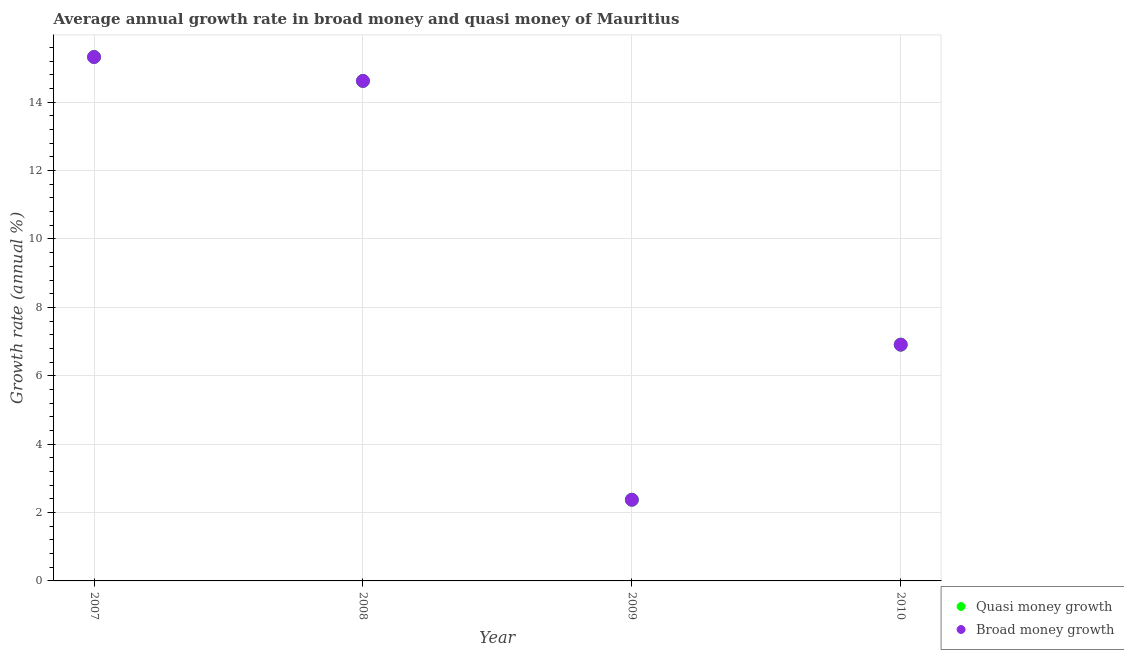
| Year | Quasi money growth | Broad money growth |
 | --- | --- | --- |
 | 2007 | 15.3 | 15.3 |
 | 2008 | 14.6 | 14.6 |
 | 2009 | 2.37 | 2.37 |
 | 2010 | 6.91 | 6.91 |